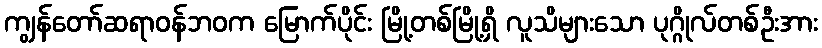
ကျွန်တော်ဆရာဝန်ဘဝက မြောက်ပိုင်း မြို့တစ်မြို့ရှိ လူသိများသော ပုဂ္ဂိုလ်တစ်ဦးအား